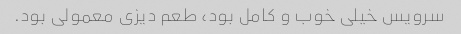
سرویس خیلی خوب و کامل بود، طعم دیزی معمولی بود.